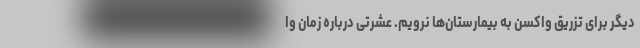
دیگر برای تزریق واکسن به بیمارستان‌ها نرویم. عشرتی درباره زمان وا